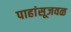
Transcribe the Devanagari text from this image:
पाहांसूजवळ